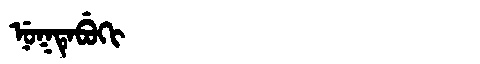
Manchu: ᠨᡠᡴᡨᡝᠪᡠᡴᡳ
Romanization: NUKTEBUKI